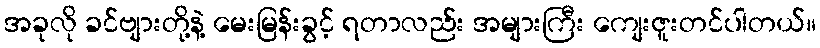
အခုလို ခင်ဗျားတို့နဲ့ မေးမြန်းခွင့် ရတာလည်း အများကြီး ကျေးဇူးတင်ပါတယ်။